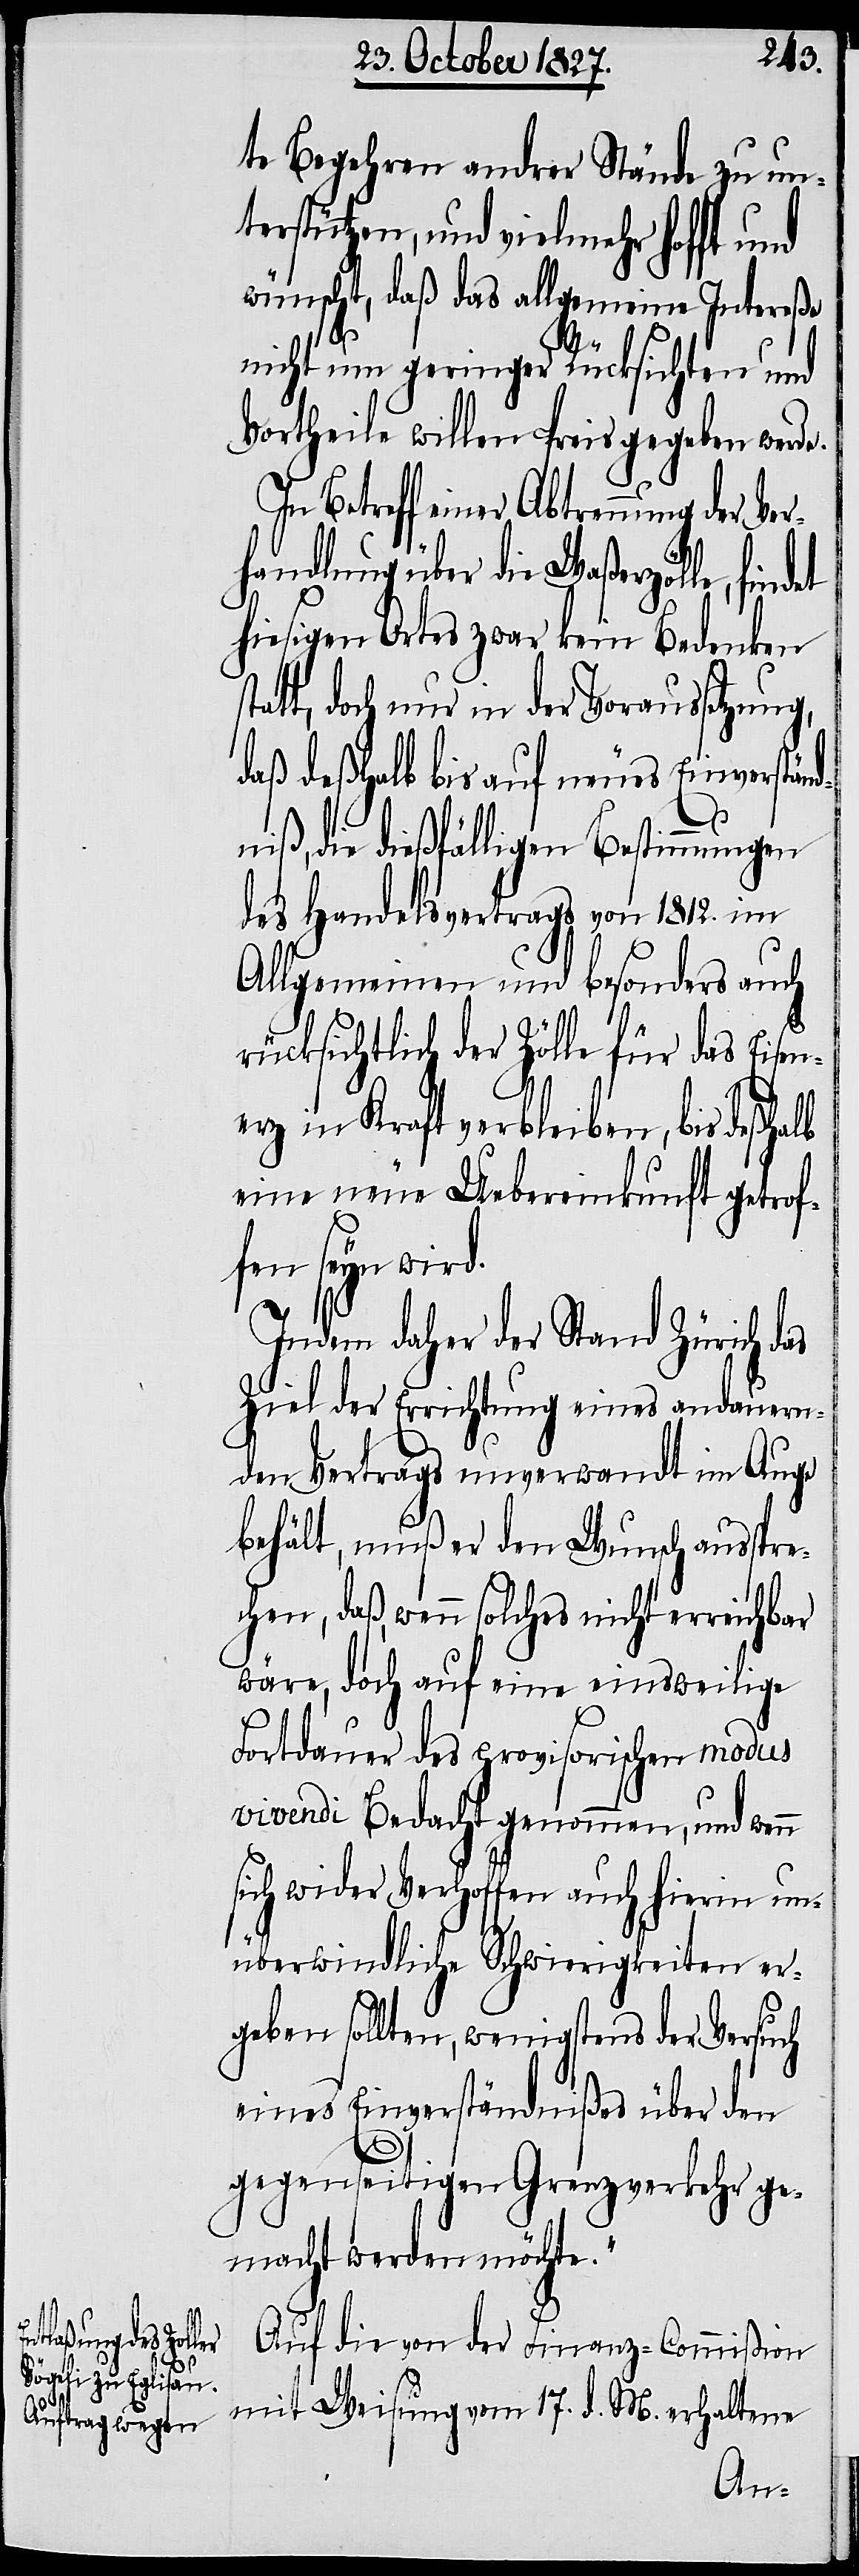
te Begehren andrer Stände zu un¬
terstützen, und vielmehr hofft
wünscht, daß das allgemeine Intereße
d.
nicht um geringer Rücksichten und
Vortheile willen Preis gegeben werde.
Betreff einer Abtrennung der Ver¬
handlung über die Waßerzölle, find¬
hiesigen Ortes zwar kein Bedenken
tatt, doch nur in der Voraussetzung,
daß deßhalb bis auf neues Einverständ¬
niß, die dießfälligen Bestimmungen
des Handelsvertrags von 1812. im
Allgemeinen und besonders auch
rücksichtlich der Zölle für das Eisen¬
erz in Kraft verbleiben, bis deßhalb
eine neue Uebereinkunft getrof¬
fen seyn wir¬
Indem daher der Stand Zürich das
Ziel der Erreichung eines andauern¬
den Vertrages unverwandt im Auge
behält, muß er den Wunsch ausspre¬
chen, daß, wenn solches nicht erreichbar
wäre, doch auf eine einsweilige
Fortdauer des provisorischen modus
vivendi Bedacht genommen, und wenn
sich wider Verhoffen auch hierin un¬
et
überwindliche Schwierigkeiten er¬
geben sollten, wenigstens der Versuch
eines Einverständnißes über den
gegenseitigen Grenzverkehr ge¬
macht werden möchte.“
Auf die von der Finanz-Commißion
mit Weisung vom 17. d. M. erhaltene